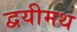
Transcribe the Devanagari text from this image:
द्वयीमथ